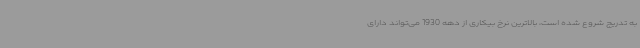
به تدریج شروع شده است، بالاترین نرخ بیکاری از دهه 1930 می‌تواند دارای